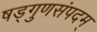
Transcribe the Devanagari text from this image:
षड्गुणसंपदम्‌